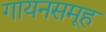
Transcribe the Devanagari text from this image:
गायनसमूह